Indian journal of veterinary science and animal husbandry - Volumes 28-29, 1958-1959
Year: 1958
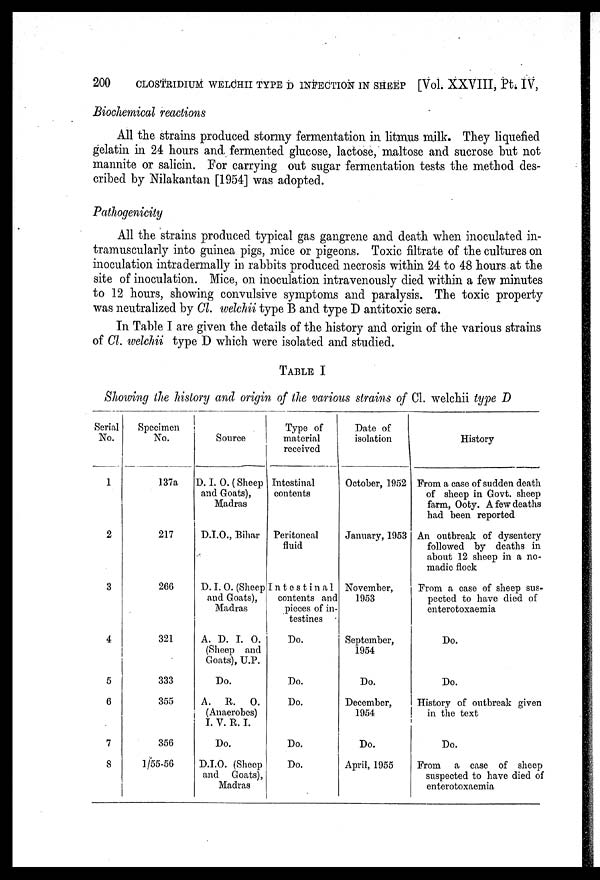
200
CLOSTRIDIUM WELCHII TYPE D INFECTION IN SHEEP [Vol. XXVIII, Pt. IV,
Biochemical reactions
All the strains produced stormy fermentation in litmus milk. They liquefied
gelatin in 24 hours and fermented glucose, lactose, maltose and sucrose but not
mannite or salicin. For carrying out sugar fermentation tests the method des-
cribed by Nilakantan [1954] was adopted.
Pathogenicity
All the strains produced typical gas gangrene and death when inoculated in-
tramuscularly into guinea pigs, mice or pigeons. Toxic filtrate of the cultures on
inoculation intradermally in rabbits produced necrosis within 24 to 48 hours at the
site of inoculation. Mice, on inoculation intravenously died within a few minutes
to 12 hours, showing convulsive symptoms and paralysis. The toxic property
was neutralized by Cl. welchii type B and type D antitoxic sera.
In Table I are given the details of the history and origin of the various strains
of Cl. welchii type D which were isolated and studied.
TABLE I
Showing the history and origin of the various strains of Cl. welchii type D
Serial
No.
1
2
3
4
5
6
7
8
Specimen
No.
137a
217
266
321
333
355
356
1/55-56
Source
D. I. O. ( Sheep
and Goats),
Madras
D.I.O., Bihar
D. I. O. (Sheep
and Goats),
Madras
A. D. I. O.
(Sheep and
Goats), U.P.
Do.
A. R.
O.
(Anaerobes)
I. V. R. I.
Do.
D.I.O. (Sheep
and Goats),
Madras
Type of
material
received
Intestinal
contents
Peritoneal
fluid
Intestinal
contents and
pieces of in-
testines
Do.
Do.
Do.
Do.
Do.
Date of
isolation
October, 1952
January, 1953
November,
1953
September,
1954
Do.
December,
1954
Do.
April, 1955
History
From a case of sudden death
of sheep in Govt, sheep
farm, Ooty. A few deaths
had been reported
An outbreak of dysentery
followed by deaths in
about 12 sheep in a no-
madic flock
From a case of sheep sus-
pected to have died of
enterotoxaemia
Do.
Do.
History of outbreak given
in the text
Do.
From a case of sheep
suspected to have died of
enterotoxaemia